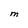
Character: M